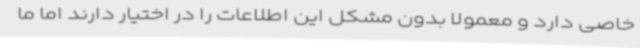
خاصی دارد و معمولا بدون مشکل این اطلاعات را در اختیار دارند اما ما